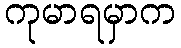
ကုမာရမှာက